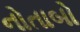
નોતાબો